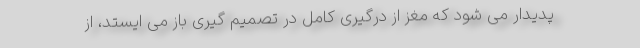
پدیدار می شود که مغز از درگیری کامل در تصمیم گیری باز می ایستد، از